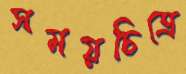
সময়চিত্রে